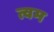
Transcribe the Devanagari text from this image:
त्वम